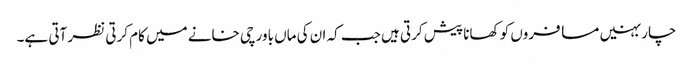
چار بہنیں مسافروں کو کھانا پیش کرتی ہیں جب کہ ان کی ماں باورچی خانے میں کام کرتی نظر آتی ہے۔